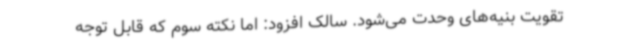
تقویت بنیه‌های وحدت می‌شود. سالک افزود: اما نکته سوم که قابل توجه